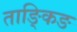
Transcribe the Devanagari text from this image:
ताङ्किङ